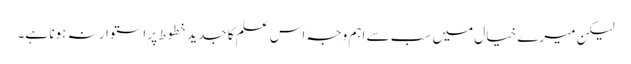
لیکن میرے خیال میں سب سے اہم وجہ اس علم کا جدید خطوط پر استوار نہ ہونا ہے۔